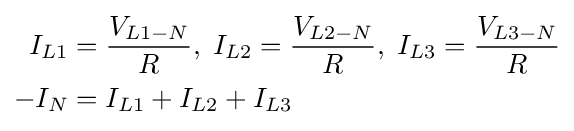
{\begin{aligned}I_{L1}&={\frac {V_{L1-N}}{R}},\;I_{L2}={\frac {V_{L2-N}}{R}},\;I_{L3}={\frac {V_{L3-N}}{R}}\\-I_{N}&=I_{L1}+I_{L2}+I_{L3}\end{aligned}}